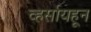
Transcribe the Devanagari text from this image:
व्हर्सायहून